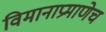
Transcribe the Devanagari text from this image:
विमानाप्रमाणेच